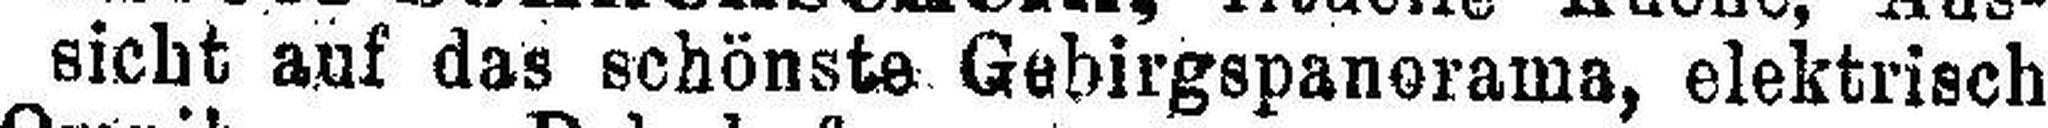
sicht auf das schönste Gebirgspanorama, elektrisch